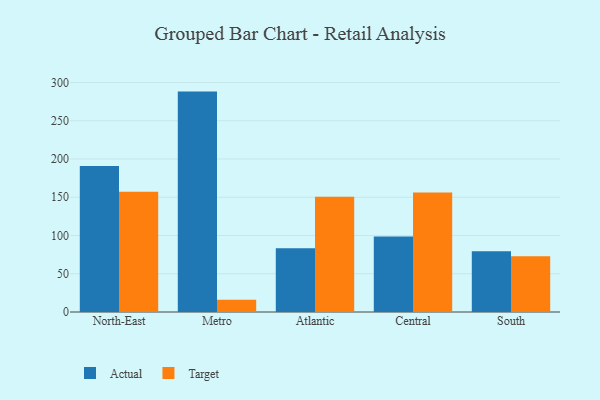
{"axis": {"x": "Region", "y": "Net Income (USD K)"}, "legend": ["Actual", "Target"], "data": [{"x": "North-East", "y": 191.0, "type": "Actual"}, {"x": "North-East", "y": 157.3, "type": "Target"}, {"x": "Metro", "y": 288.1, "type": "Actual"}, {"x": "Metro", "y": 16.0, "type": "Target"}, {"x": "Atlantic", "y": 83.3, "type": "Actual"}, {"x": "Atlantic", "y": 150.7, "type": "Target"}, {"x": "Central", "y": 98.8, "type": "Actual"}, {"x": "Central", "y": 156.1, "type": "Target"}, {"x": "South", "y": 79.4, "type": "Actual"}, {"x": "South", "y": 72.9, "type": "Target"}]}